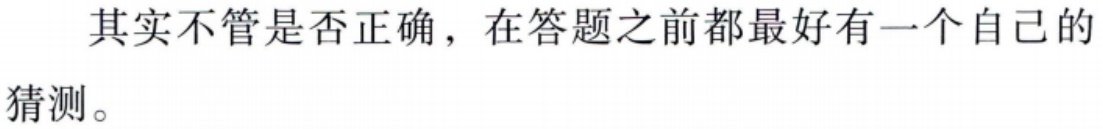
其实不管是否正确，在答题之前都最好有一个自己的猜测。